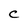
Character: C